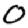
Digit: 0